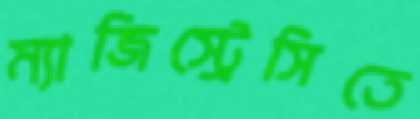
ম্যাজিস্ট্রেসিতে